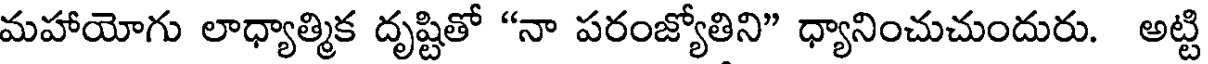
మహాయోగు లాధ్యాత్మిక దృష్టితో "నా పరంజ్యోతిని" ధ్యానించుచుందురు. అట్టి